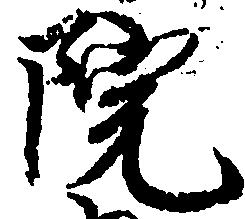
院